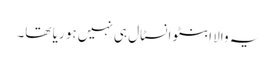
یہ والا ابنٹو انسٹال ہی نہیں ہو ریا تھا۔